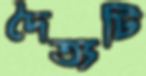
দৈত্যটি